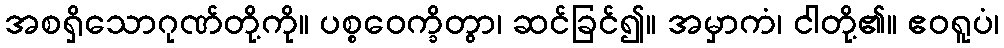
အစရှိသောဂုဏ်တို့ကို။ ပစ္စဝေက္ခိတွာ၊ ဆင်ခြင်၍။ အမှာကံ၊ ငါတို့၏။ ဧဝရူပံ၊